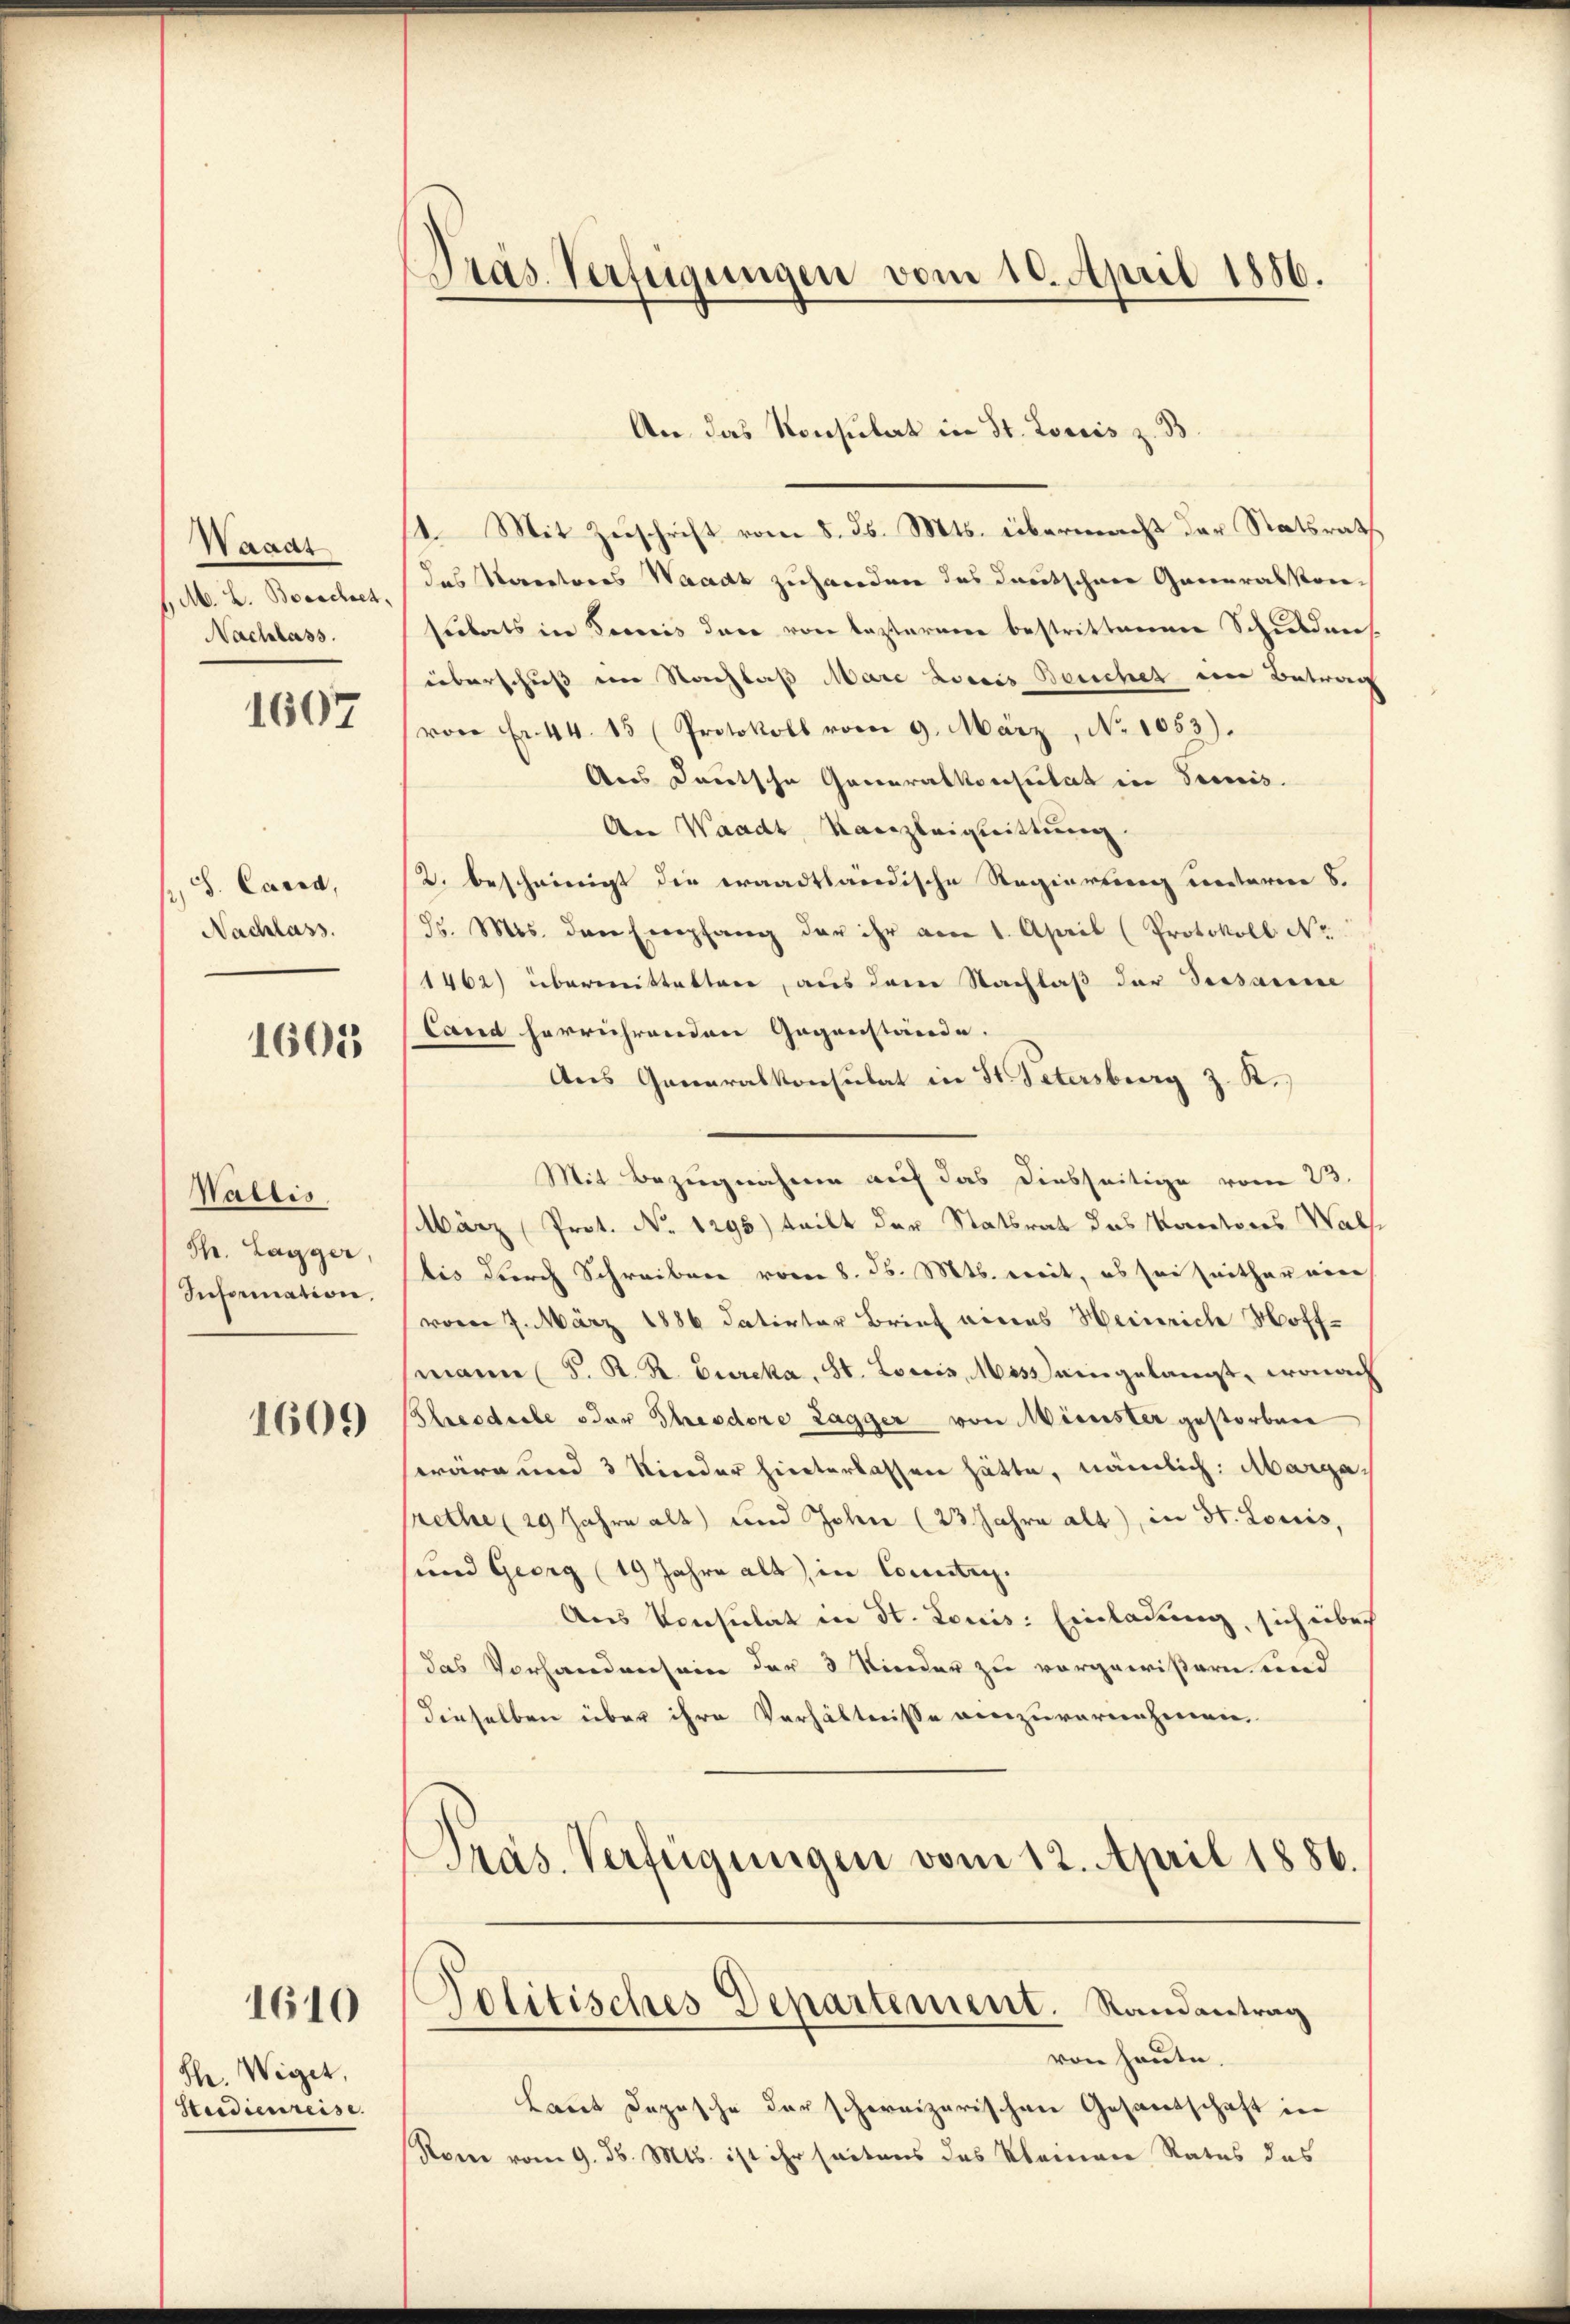
Waaat
/. M. L. Bosschret,
Nachlass.

1607

S. Cared,
Nachlass.

1601

Wallis
Sh. Lagger,
Information,

1609

1610

Sh. Wiget,
Steidienreise.

Präs. Verfügungen vom 10. April 1886.

An das Konsulat in St. Loriis z. B
14. Mit Zuschrift vom 8. d. Mts. übermacht der Ratsrath
das Vorreteres Waadt zuhanden das Deutschen Generalkonsilberts in Bereis dare von Lasterner bestrittenen Schuldners
überschuß ein Nachlaß Mare Loccis Bercher in Betrag
von Fr. 44. 15 (Protokoll vom 9. März, No 1053).
Aus deutsche Generalkonsulat in Termis
An Waadt, Kanzleigeittung.
K. beschwierigt die waadtländische Regierung unterm 8.
85. Mts. den Empfang der ihr am 1. April (Protokoll No
1462) übermittelten, aus den Nachlaß der Sissarie
Land herrührenden Gegenstände.
Aus Generalkonsulat in St. Petersburg z. K.
Mit Bezugnahme auf das diesseitige vom 23.
März (Prot. No 1295) teilt der Statsrat das Korectores Wals
bis durch Schreiben vom 8. ds. 816. weit, es sei seither eine
vom 7. März 1886 datirter Brief eines Heinrich Hoff-
mann (S. R. R. Burcka, St. Loris, Mass eingelangt, wonach
Slresdiebe oder Theodore Lagger von Minister gestorben
wäre und 3 Kinder hinterlassen hätte, nämlich: Margarethe (29 Jahre alt und John (23. Jahre alt, in St. Louis,
und Georg (19 Jahre alt, in Conntag.
Aus Konsulat in St. Louis: Einladung, sich über
das Vorhandensein der 3 Kinder zu vorgewißern und
Dieselben über ihre Verhältnisse einzuvernehmen.
PPras. Verfügungen vom 12. April 1886.

Politisches Departement. Randantrag
von heute.

Laut dazusche der schweizerischen Gesandschaft in
Rom vom 9. d. Mts. ist ihr seitens des Kleinen Rates das